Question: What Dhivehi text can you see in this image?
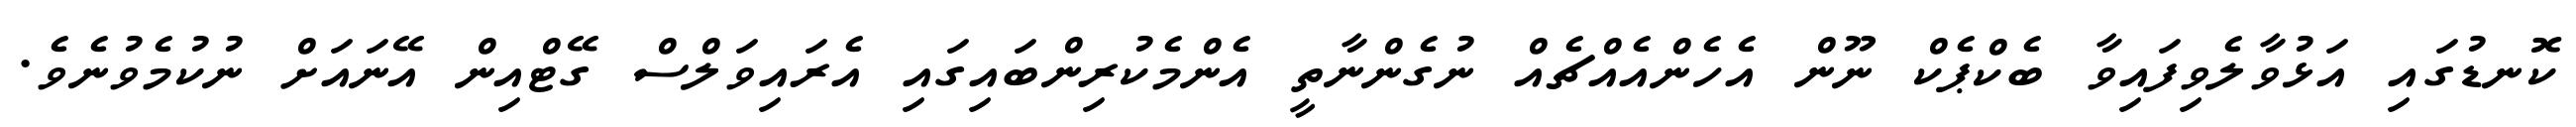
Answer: ކޮނޑުގައި އަޅުވާލެވިފައިވާ ބެކްޕެކް ނޫން އެހެންއެއްޗެއް ނުގެންނާތީ އެންމެކުރިންބައިގައި އެރައިވަލްސް ގޭޓްއިން އޭނައަށް ނުކުމެވުނެވެ.